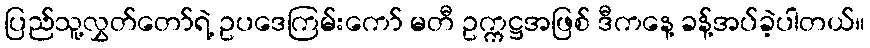
ပြည်သူ့လွှတ်တော်ရဲ့ ဥပဒေကြမ်းကော် မတီ ဥက္ကဋ္ဌအဖြစ် ဒီကနေ့ ခန့်အပ်ခဲ့ပါတယ်။